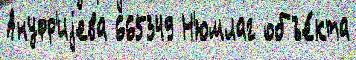
Ануфр'иjева 665349 Н'юмлаг объе́кта